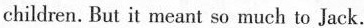
children. But it meant so much to Jack.